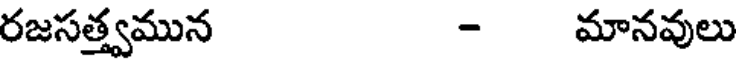
రజసత్త్వమున - మానవులు